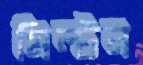
মিল্টন